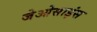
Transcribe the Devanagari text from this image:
जेओसाइंस